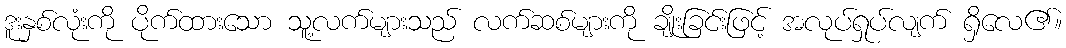
ဒူးနှစ်လုံးကို ပိုက်ထားသော သူ့လက်များသည် လက်ဆစ်များကို ချိုးခြင်းဖြင့် အလုပ်ရှုပ်လျက် ရှိလေ၏။